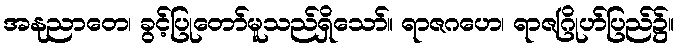
အနုညာတေ၊ ခွင့်ပြုတော်မူသည်ရှိသော်။ ရာဇဂဟေ၊ ရာဇဂြိုဟ်ပြည်၌။